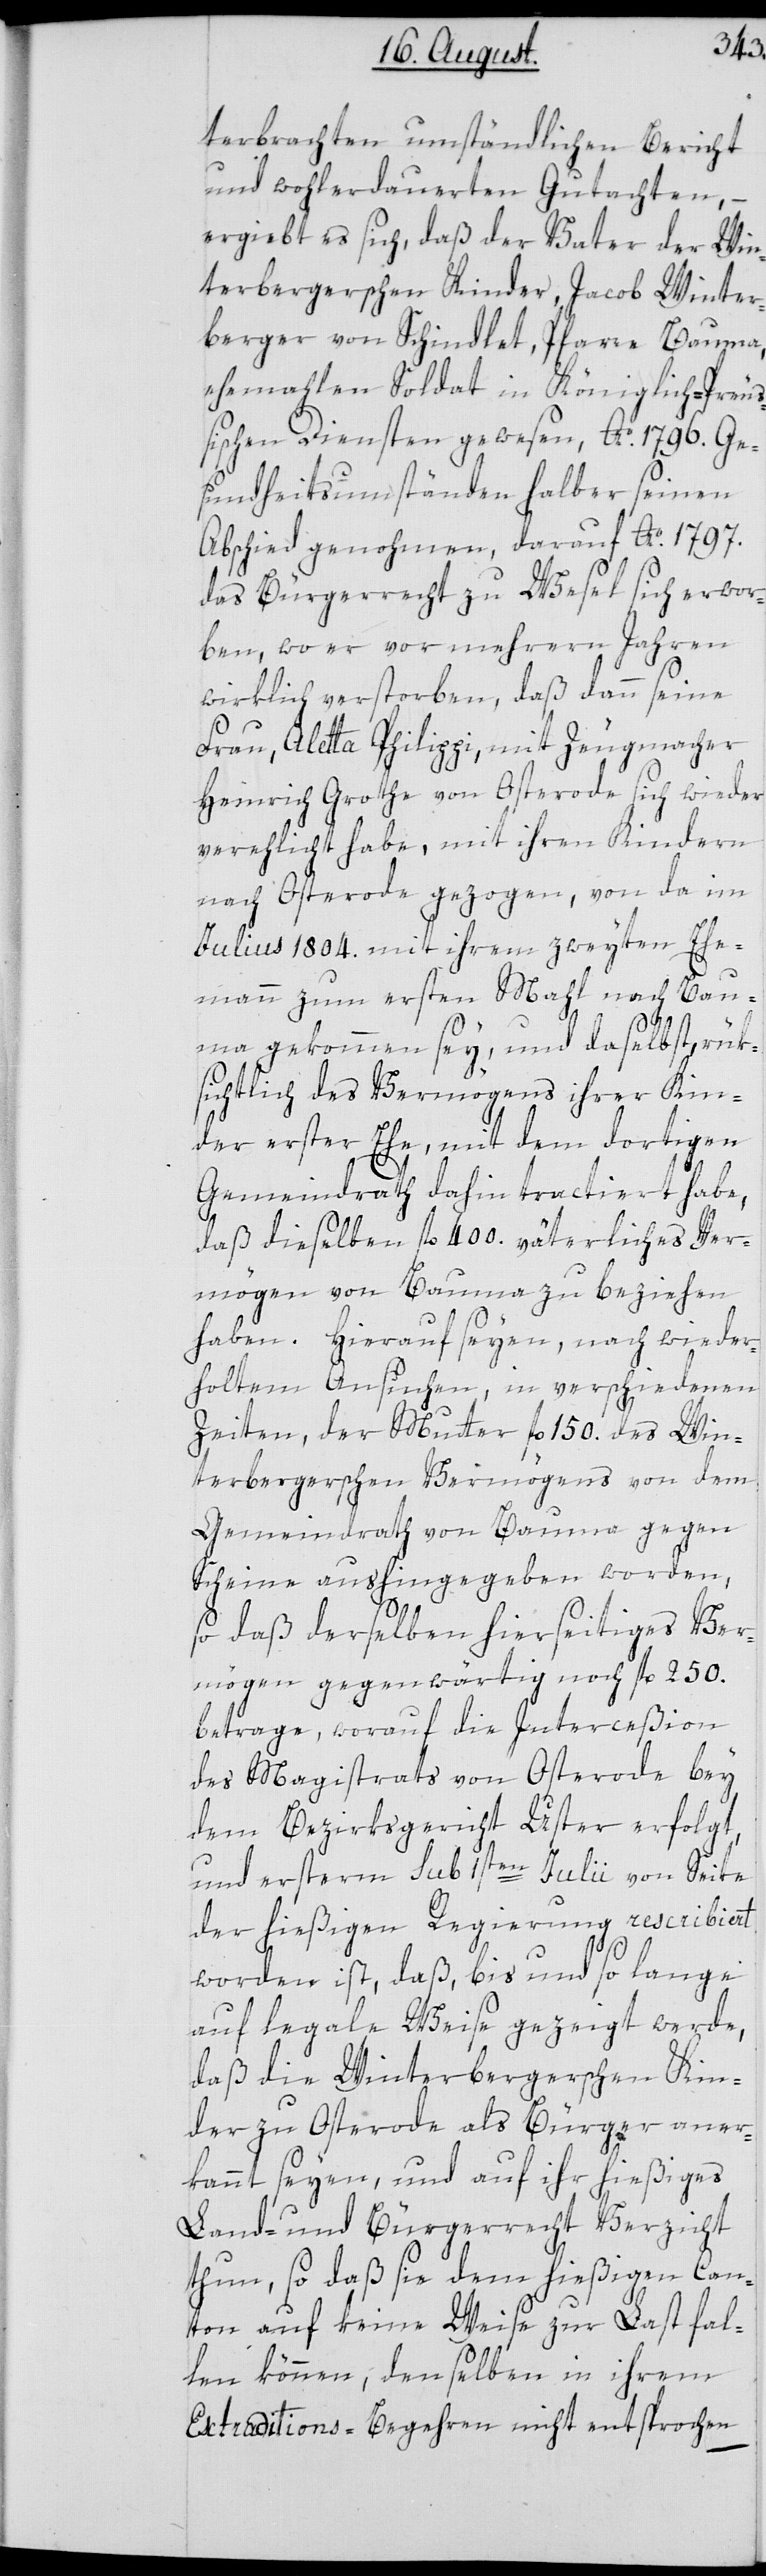
terbrachten umständlichen Bericht
und wohlerdauerten Gutachten, –
ergiebt es sich, daß der Vater der Win¬
terbergerschen Kinder, Jacob Winter¬
berger von Schindlet, Pfarre Bauma,
ehemalen Soldat in Königlich-Preu¬
ßischen Diensten gewesen, Ao. 1796. Ge¬
sundheitsumständen halber seinen
Abschied genohmen, darauf Ao. 1797.
das Bürgerrecht zu Wesel sich erwor¬
ben, wo er vor mehrern Jahren
wirklich verstorben, daß dann seine
Frau, Aletta Philippi, mit Zeugmacher
Heinrich Grothe von Osterode sich wieder
verehelicht habe, mit ihren Kindern
nach Osterode gezogen, von da im
Julius 1804. mit ihrem zweyten Ehe¬
mann zum ersten Mahl nach Ba¬
uma gekommen sey, und daselbst rük¬
sichtlich des Vermögens ihrer Kin¬
der erster Ehe, mit dem dortigen
Gemeindrath dahin tractiert habe,
daß dieselben fl. 400. väterliches Ver¬
mögen von Bauma zu beziehen
haben. Hierauf seyen, nach wieder¬
holtem Ansuchen, in verschiedenen
Zeiten, der Mutter fl. 150. des Win¬
terbergerschen Vermögens von dem
Gemeindrath von Bauma gegen
Scheine aushingegeben worden,
so daß derselbe hierseitiges Ver¬
mögen gegenwärtig noch fl. 250.
betrage, worauf die Interceßion
des Magistrats von Osterode bey
dem Bezirksgericht Uster erfolgt,
und ersterm sub 1sten Julii von Seite
der hießigen Regierung rescribiert
worden ist, daß, bis und so lange
auf legale Weise gezeigt werde,
daß die Winterbergerschen Kin¬
der zu Osterode als Bürger aner¬
kannt seyen, und auf ihr hießiges
Land- und Bürgerrecht Verzicht
thun, so daß sie dem hießigen Can¬
ton auf keine Weise zur Last fal¬
len können, denselben in ihrem
Extraditions-Begehren nicht entsprochen